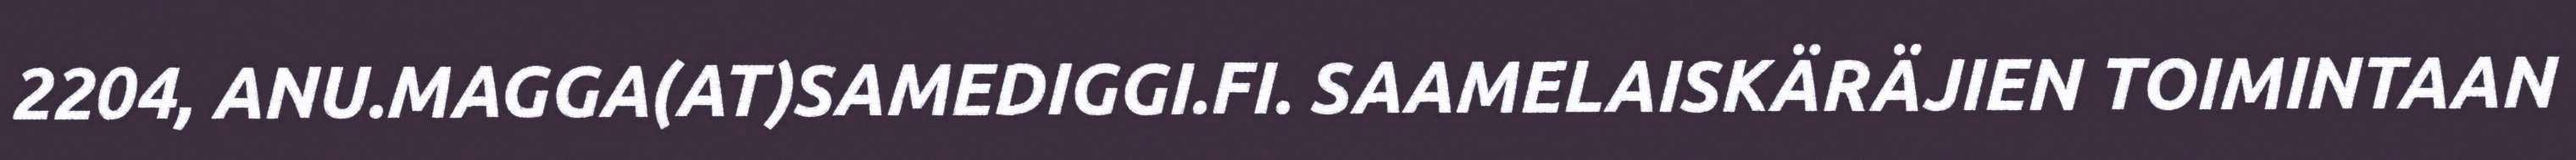
2204, ANU.MAGGA(AT)SAMEDIGGI.FI. SAAMELAISKÄRÄJIEN TOIMINTAAN